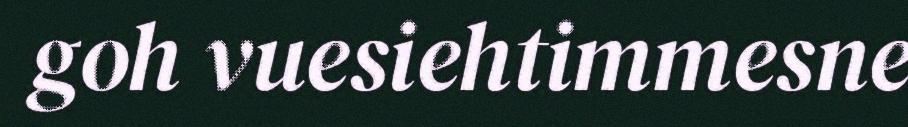
goh vuesiehtimmesne